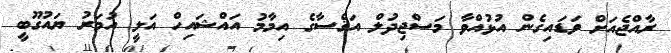
ރާއްޖެއަށް ވަޑައިގެން އުޅުއްވާ މަސްޖިދުލް އަޤްސާގެ އިމާމު އައްޝައިހް އަލީ އުމަރު ޔައުގޫބީ